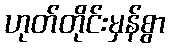
ဟုတ်တိုင်းမှန်စွာ